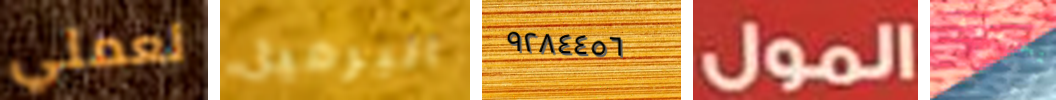
لعملي البرميل ٩٢٨٤٤٥٦ المول التجريبية